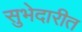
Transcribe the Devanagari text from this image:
सुभेदारीत